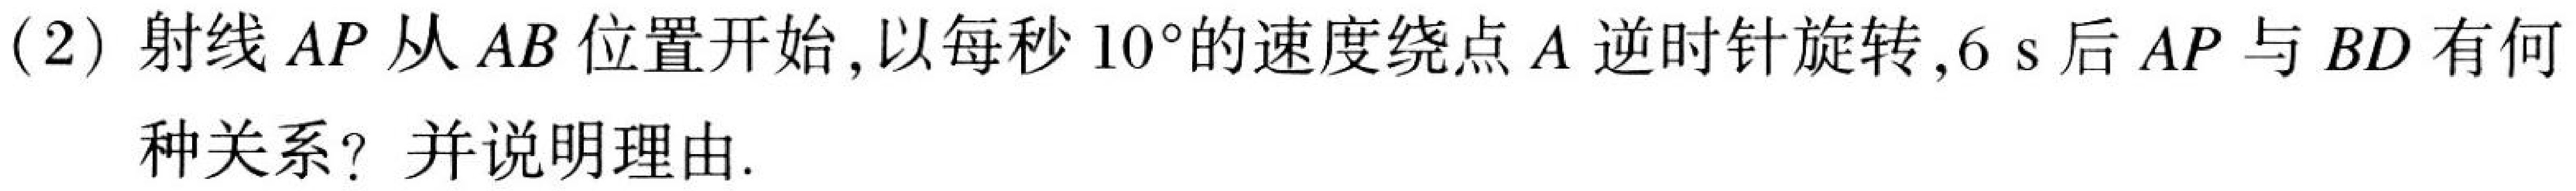
(2) 射线$AP$从$AB$位置开始, 以每秒$10^{\circ}$的速度绕点$A$逆时针旋转,$6\mathrm{\ s}$后$AP$与$BD$有何种关系? 并说明理由.